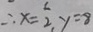
\therefore x = \frac { 1 } { 2 } , y = 8